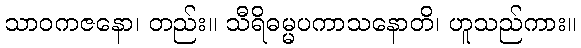
သာဝကဇနော၊ တည်း။ သီရိဓမ္မပကာသနောတိ၊ ဟူသည်ကား။